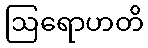
ဩရောဟတိ